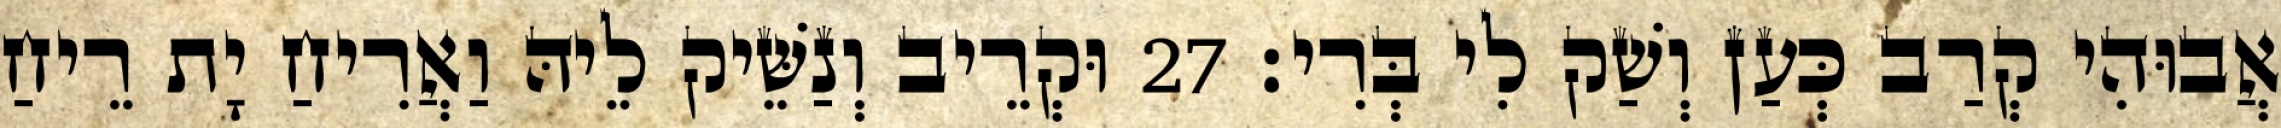
אֲבוּהִי קְרַב כְּעַן וְשַׁק לִי בְּרִי׃ 27 וּקְרֵיב וְנַשֵּׁיק לֵיהּ וַאֲרִיחַ יָת רֵיחַ